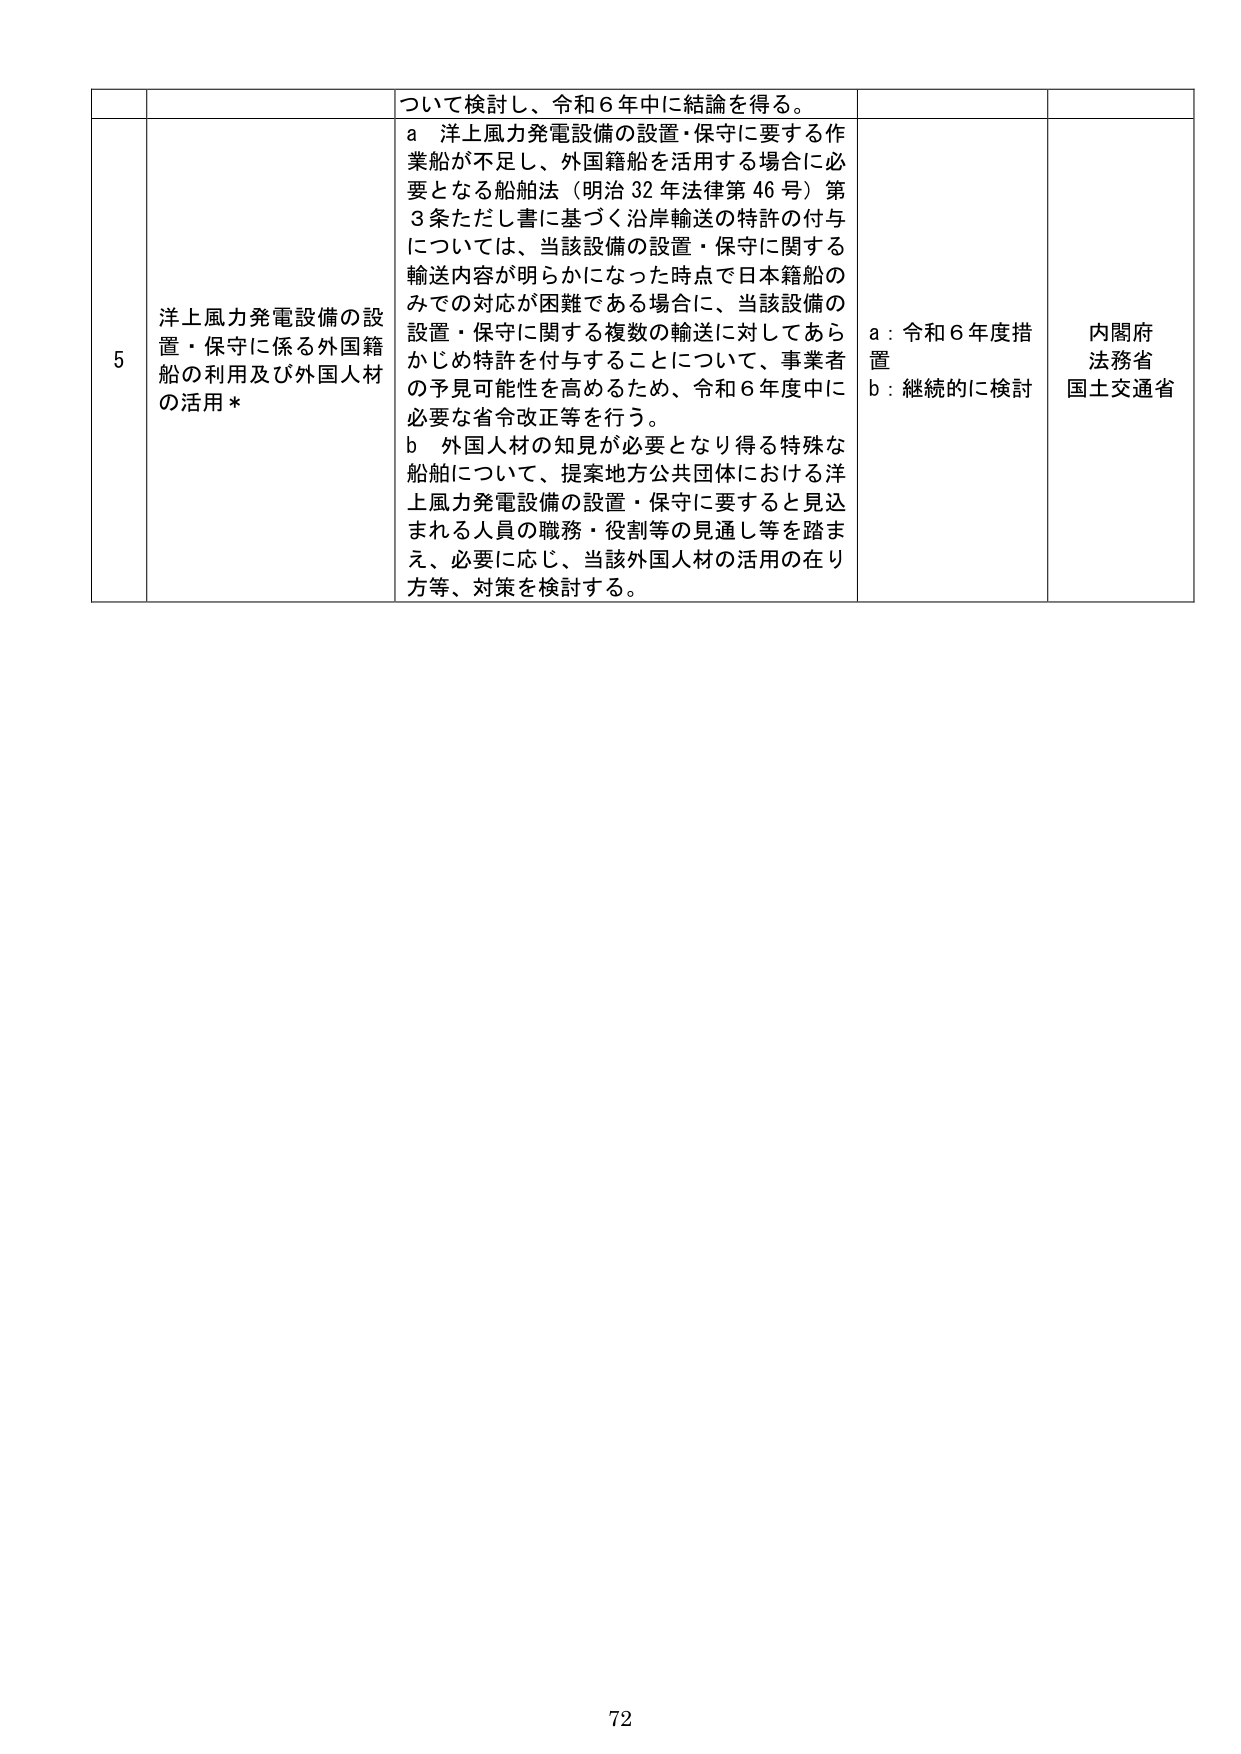
5 洋上風力発電設備の設置・保守に係る外国籍船の利用及び外国人材の活用*

ついて検討し、令和6年中に結論を得る。

a 洋上風力発電設備の設置・保守に要する作業船が不足し、外国籍船を活用する場合に必要となる船舶法（明治32年法律第46号）第3条ただし書に基づく沿岸輸送の特許の付与については、当該設備の設置・保守に関する輸送内容が明らかになった時点で日本籍船のみでの対応が困難である場合に、当該設備の設置・保守に関する複数の輸送に対してあらかじめ特許を付与することについて、事業者の予見可能性を高めるため、令和6年度中に必要な省令改正等を行う。

b 外国人材の知見が必要となり得る特殊な船舶について、提案地方公共団体における洋上風力発電設備の設置・保守に要すると見込まれる人員の職務・役割等の見通し等を踏まえ、必要に応じ、当該外国人材の活用の在り方等、対策を検討する。

a：令和6年度措置
b：継続的に検討

内閣府
法務省
国土交通省

72